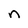
Character: n